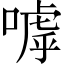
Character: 嘑